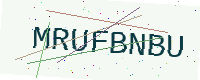
Text: MRUFBNBU